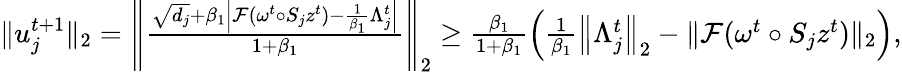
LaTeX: \begin{array}{r}{\| u_{j}^{t+1}\| _{2}=\left\| \frac{\sqrt{d_{j}}+\beta_{1}\left|\mathcal{F}(\omega^{t}\circ S_{j}z^{t})-\frac{1}{\beta_{1}}\Lambda_{j}^{t}\right|}{1+\beta_{1}}\right\| _{2}\geq\frac{\beta_{1}}{1+\beta_{1}}\left(\frac{1}{\beta_{1}}\left\| \Lambda_{j}^{t}\right\| _{2}-\| \mathcal{F}(\omega^{t}\circ S_{j}z^{t})\| _{2}\right),}\end{array}